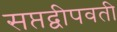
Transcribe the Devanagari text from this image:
सप्तद्वीपवती